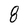
Character: 8